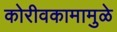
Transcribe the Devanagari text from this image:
कोरीवकामामुळे